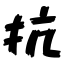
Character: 抗